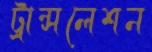
ট্রান্সলেশন